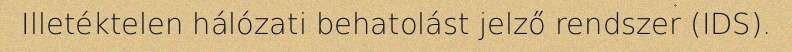
Illetéktelen hálózati behatolást jelző rendszer (IDS).